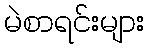
မဲစာရင်းများ